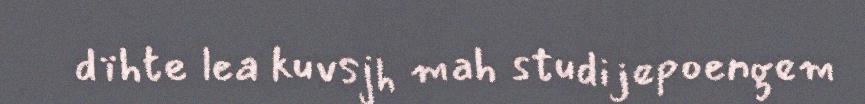
dïhte lea kuvsjh mah studijepoengem